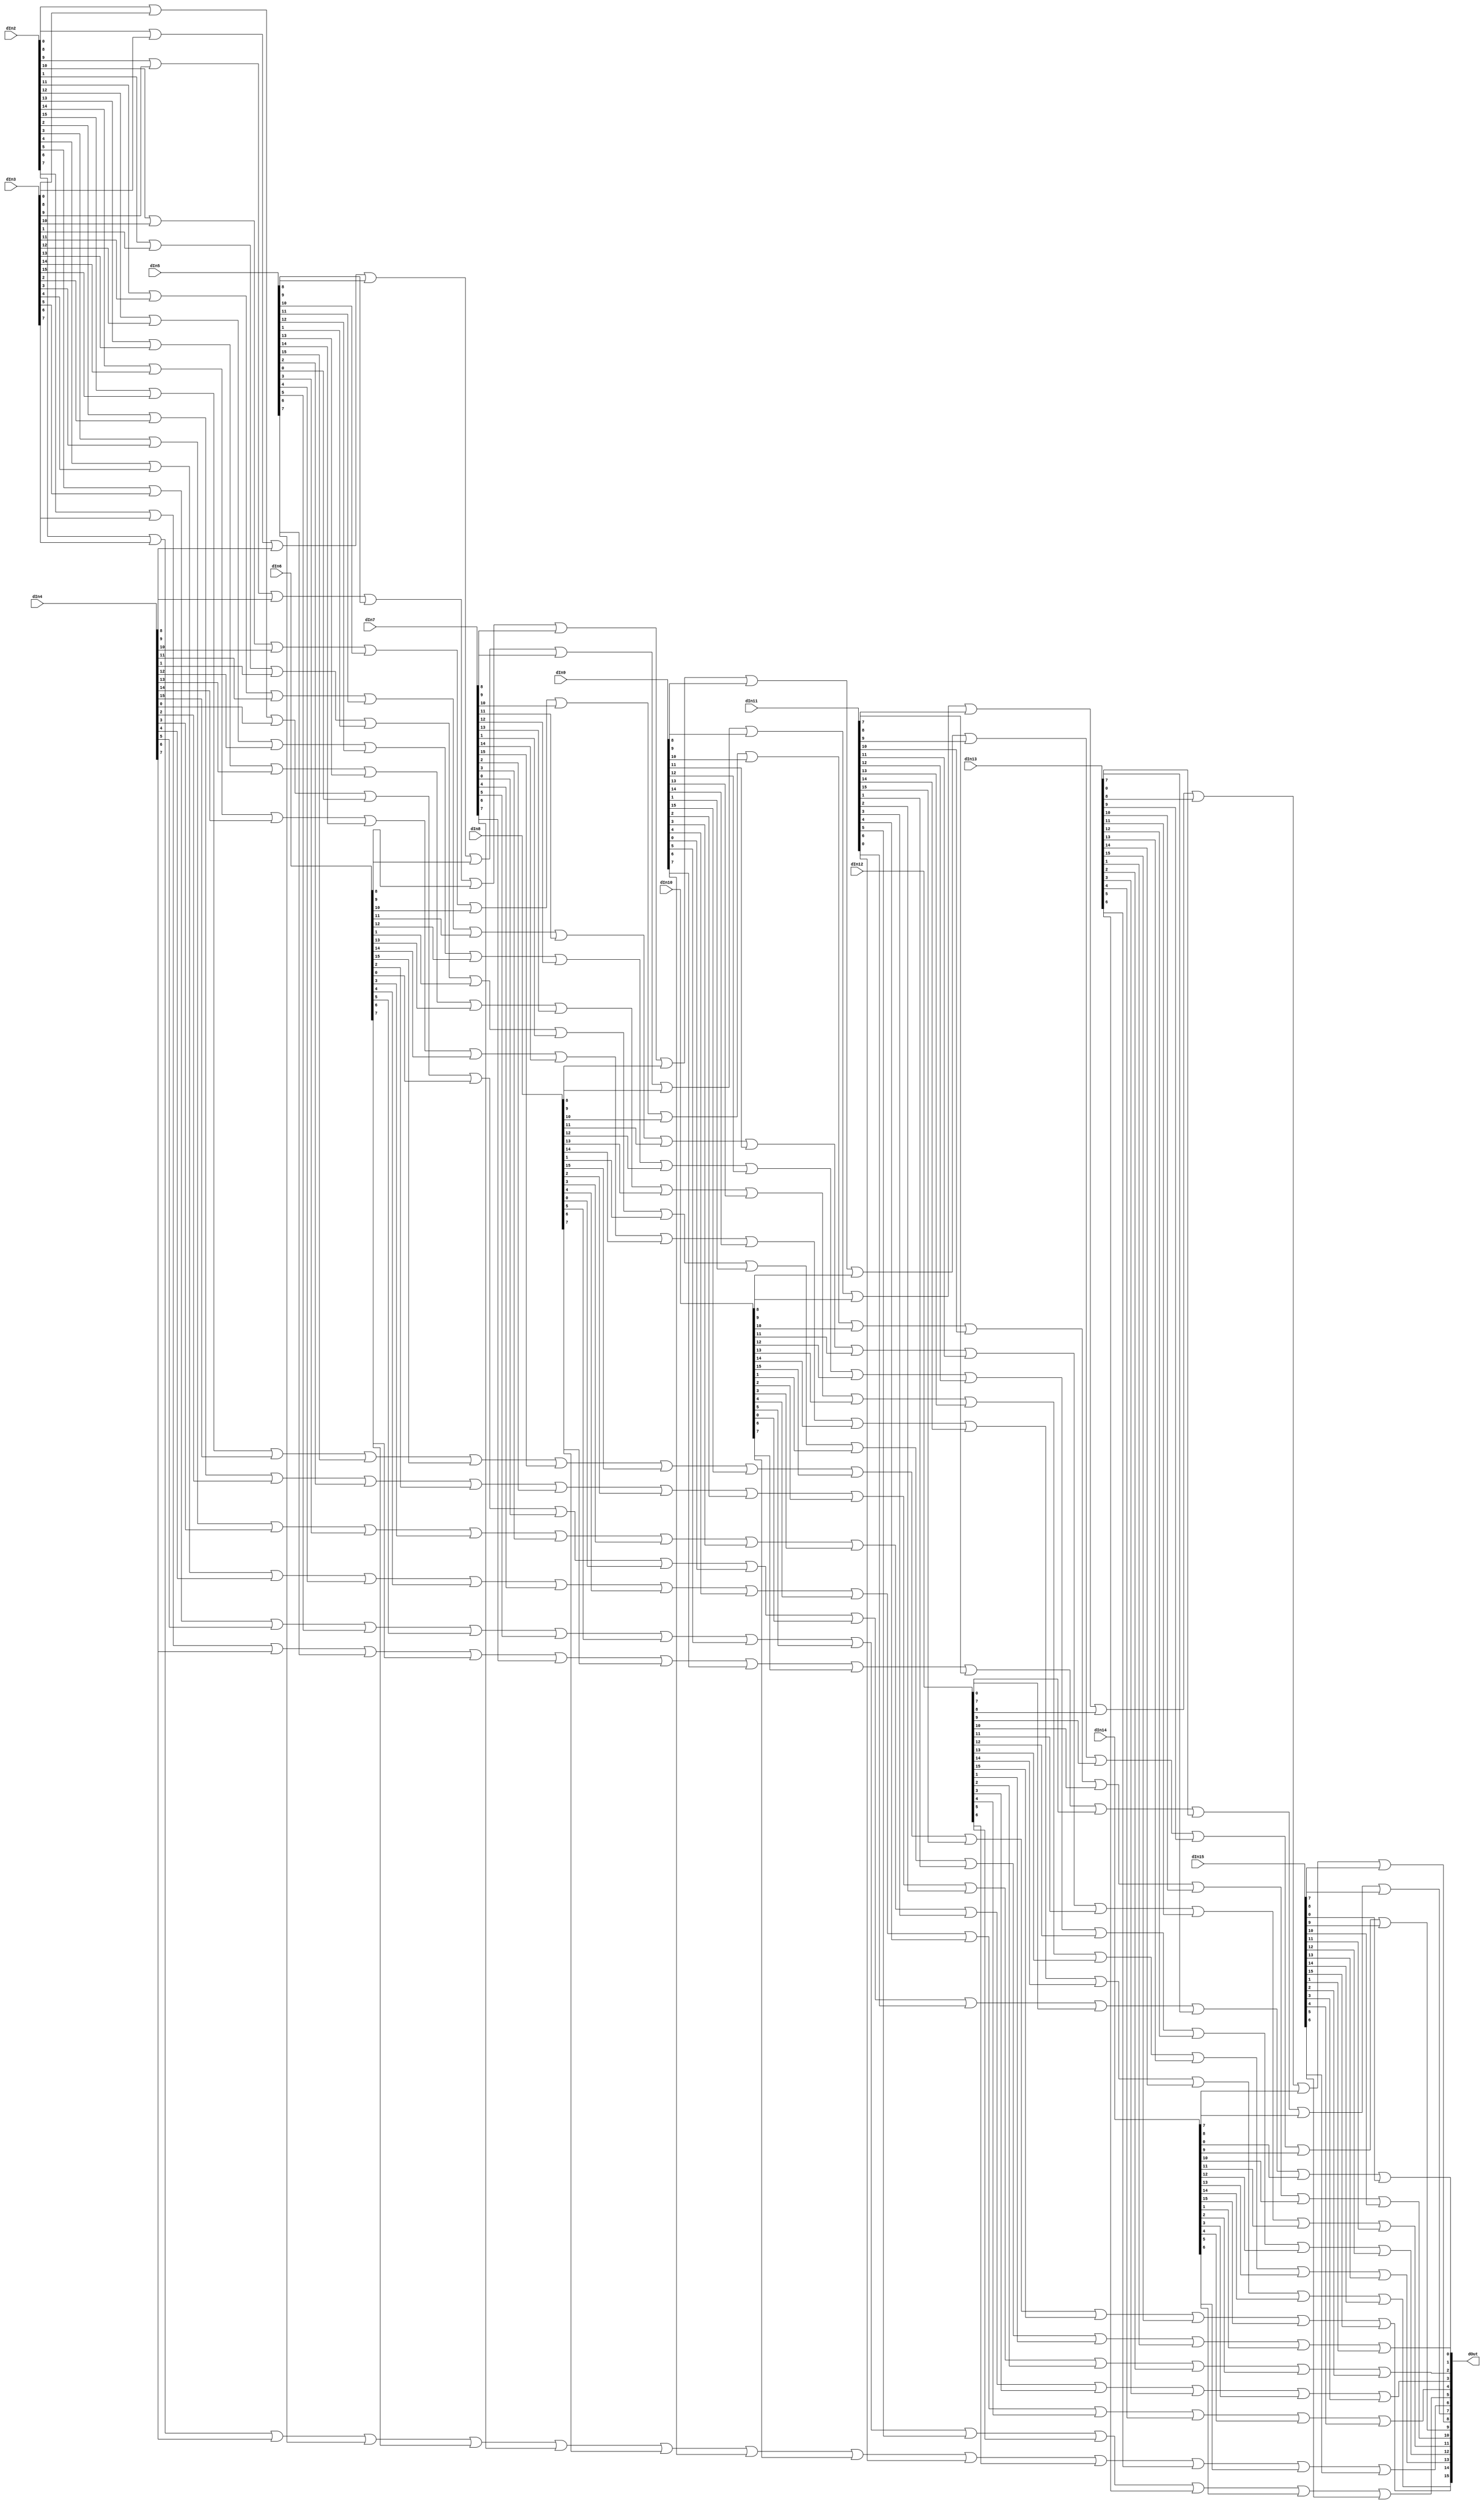
`timescale 1ns / 1ps
//////////////////////////////////////////////////////////////////////////////////
// Company: 
// Engineer: 
// 
// Design Name: 
// Module Name: 16BOr16-Way
// Project Name: 
// Target Devices: 
// Tool Versions: 
// Description: 
// 
// Dependencies: 
// 
// Revision:
// Revision 0.01 - File Created
// Additional Comments:
// 
//////////////////////////////////////////////////////////////////////////////////

module Or16B16Way(
    input [15:0] dIn2,
    input [15:0] dIn3,
    input [15:0] dIn4,
    input [15:0] dIn5,
    input [15:0] dIn6,
    input [15:0] dIn7,
    input [15:0] dIn8,
    input [15:0] dIn9,
    input [15:0] dIn10,
    input [15:0] dIn11,
    input [15:0] dIn12,
    input [15:0] dIn13,
    input [15:0] dIn14,
    input [15:0] dIn15,
    output [15:0] dOut
  );
  
  // Or all 0th bits, 1st bits, etc... bits together so register inputs don't have
  //   multiple drivers
  genvar i;
  generate
  for (i = 0; i < 16; i = i + 1) begin : or16loop
  assign dOut[i] = dIn2[i] | dIn3[i] | dIn4[i] | dIn5[i] | dIn6[i] | dIn7[i] | dIn8[i] |
                   dIn9[i] | dIn10[i] | dIn11[i] | dIn12[i] | dIn13[i] | dIn14[i] | dIn15[i];
                   
  end                   
  endgenerate
  
endmodule